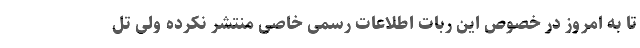
تا به امروز در خصوص این ربات اطلاعات رسمی خاصی منتشر نکرده ولی تل